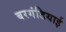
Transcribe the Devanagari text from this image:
बरगंडियाई